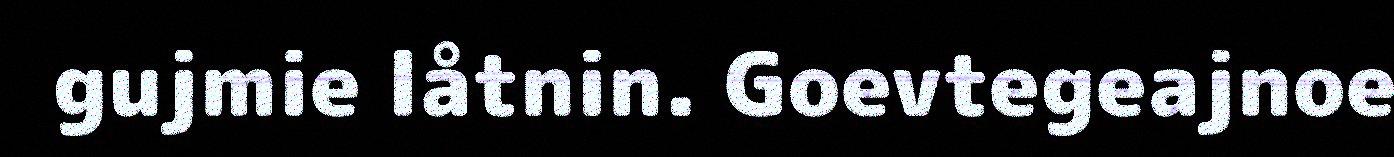
gujmie låtnin. Goevtegeajnoe